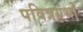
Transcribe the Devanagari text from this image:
पवित्रग्रंथों